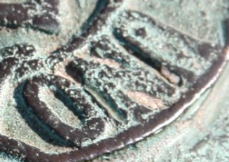
UNO